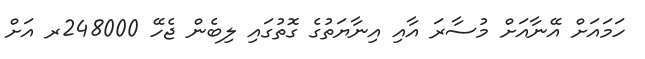
ހަމައަށް އޭނާއަށް މުސާރަ އާއި އިނާޔަތުގެ ގޮތުގައި ލިބެން ޖެހޭ 248000ރ އަށް